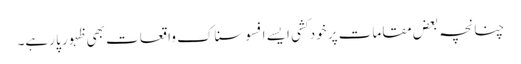
چنانچہ بعض مقامات پر خود کشی ایسے افسوسناک واقعات بھی ظہور پا رہے۔